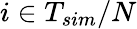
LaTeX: i\in T_{sim}/N